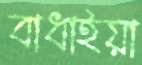
বাধাইয়া